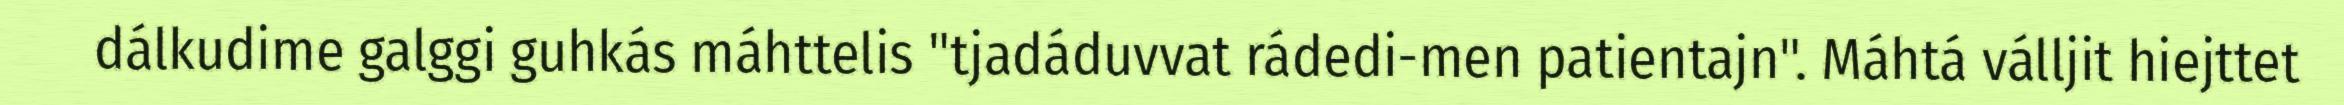
dálkudime galggi guhkás máhttelis "tjadáduvvat rádedi-men patientajn". Máhtá válljit hiejttet